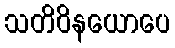
သတိဝိနယောပေ